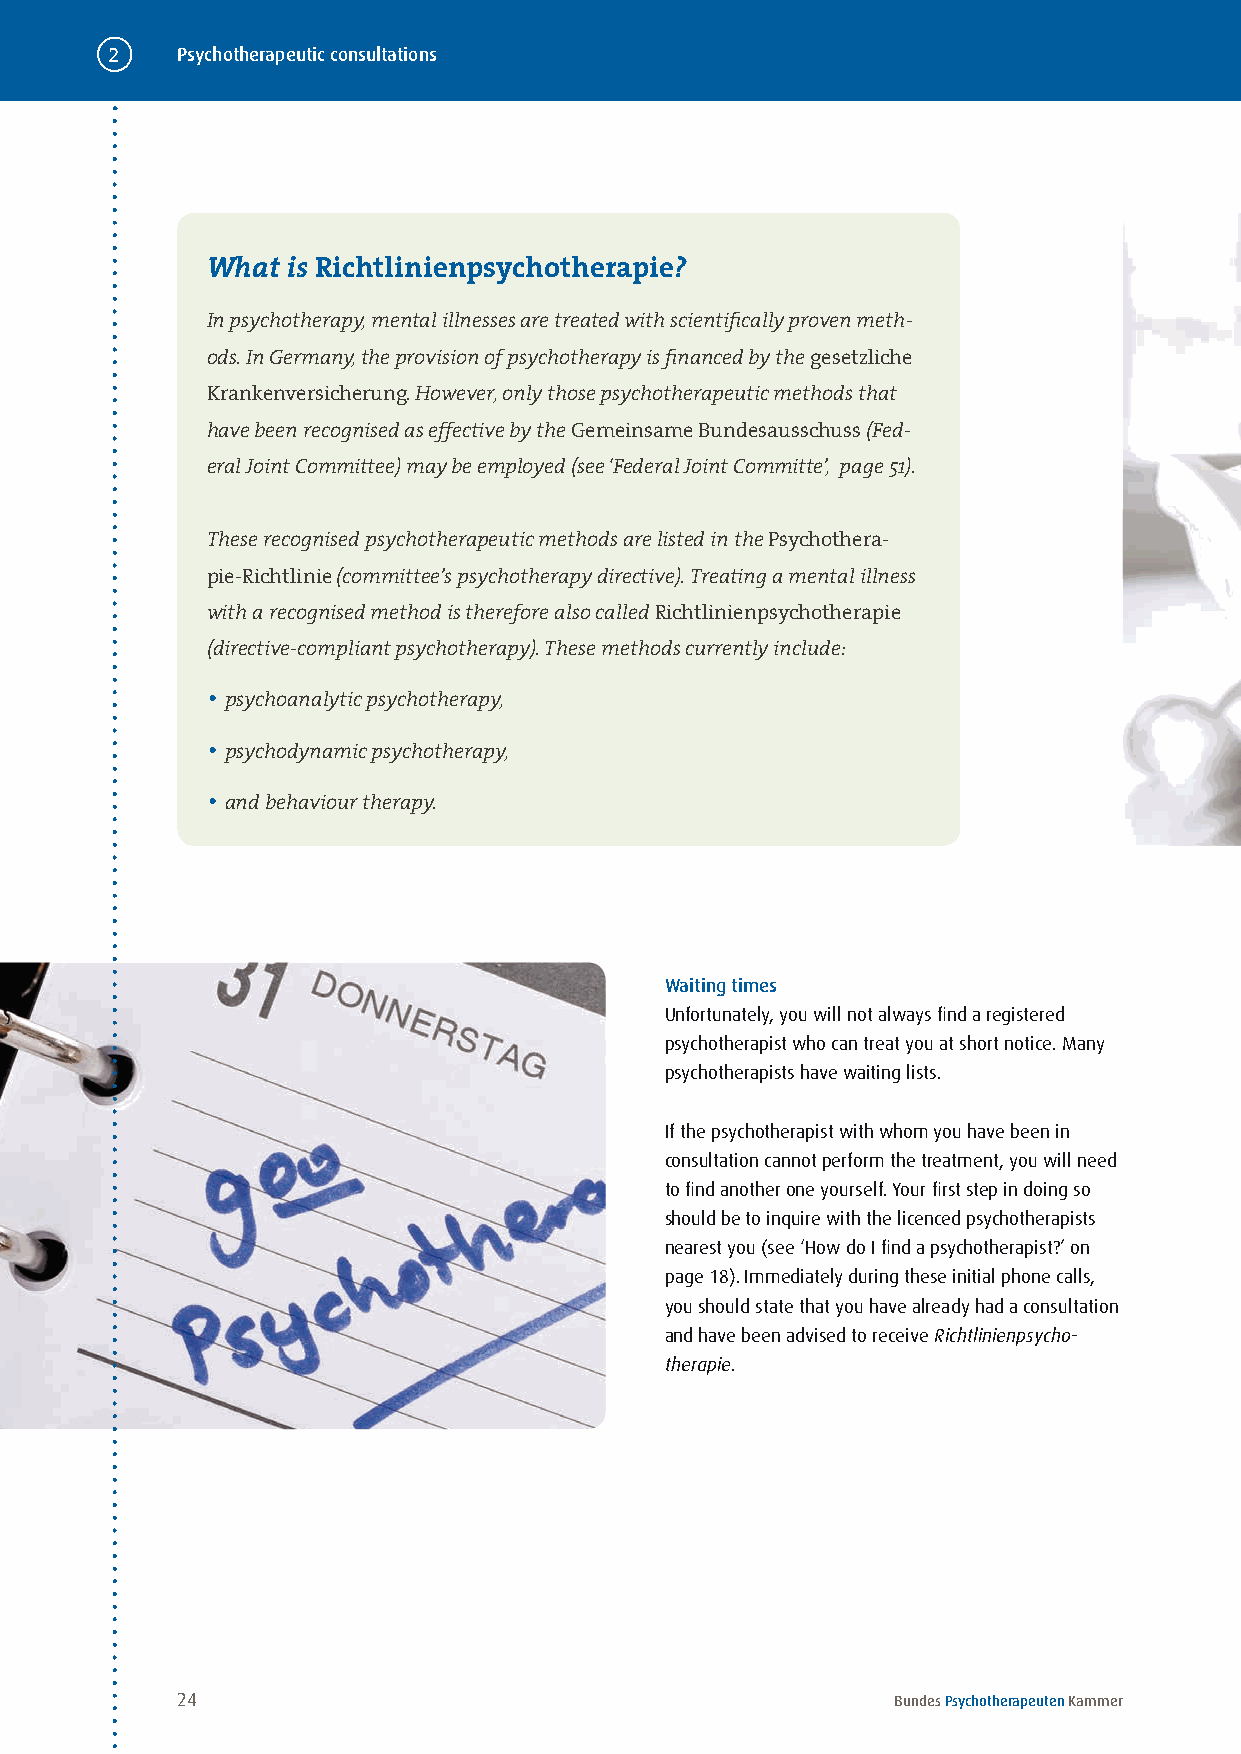
2    Psychotherapeutic consultations
 What is Richtlinienpsychotherapie?
 In psychotherapy, mental illnesses are treated with scientifically proven meth-
 ods. In Germany, the provision of psychotherapy is financed by the gesetzliche
 Krankenversicherung. However, only those psychotherapeutic methods that
 have been recognised as effective by the Gemeinsame Bundesausschuss (Fed-
 eral Joint Committee) may be employed (see ‘Federal Joint Committe’, page 51).
 These recognised psychotherapeutic methods are listed in the Psychothera-
 pie-Richtlinie (committee’s psychotherapy directive). Treating a mental illness
 with a recognised method is therefore also called Richtlinienpsychotherapie
 (directive-compliant psychotherapy). These methods currently include:
 • psychoanalytic psychotherapy,
 • psychodynamic psychotherapy,
 • and behaviour therapy.
 Waiting times
 Unfortunately, you will not always find a registered
 psychotherapist who can treat you at short notice . Many
 psychotherapists have waiting lists .
 If the psychotherapist with whom you have been in
 consultation cannot perform the treatment, you will need
 to find another one yourself . Your first step in doing so
 should be to inquire with the licenced psychotherapists
 nearest you (see ‘How do I find a psychotherapist?’ on
 page 18) . Immediately during these initial phone calls,
 you should state that you have already had a consultation
 and have been advised to receive Richtlinienpsycho-
 therapie .
 24                                             Bundes Psychotherapeuten Kammer